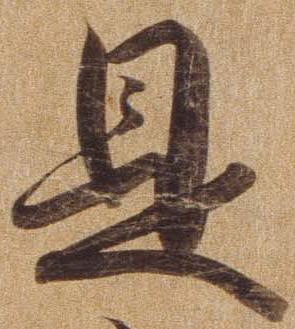
是